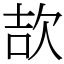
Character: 欯